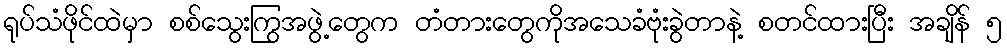
ရုပ်သံဖိုင်ထဲမှာ စစ်သွေးကြွအဖွဲ့တွေက တံတားတွေကိုအသေခံဗုံးခွဲတာနဲ့ စတင်ထားပြီး အချိန် ၅